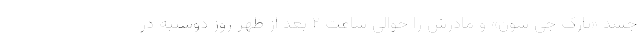
جسد «پارک جی سون» و مادرش را حوالی ساعت ۲ بعد از ظهر روز دوشنبه در